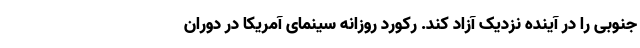
جنوبی را در آینده نزدیک آزاد کند. رکورد روزانه سینمای آمریکا در دوران